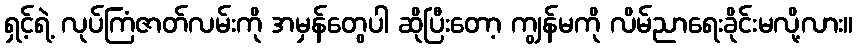
ရှင့်ရဲ့ လုပ်ကြံဇာတ်လမ်းကို အမှန်တွေပါ ဆိုပြီးတော့ ကျွန်မကို လိမ်ညာရေးခိုင်းမလို့လား။